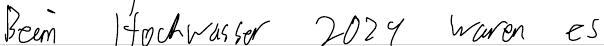
Beim Hochwasser 2021 waren es